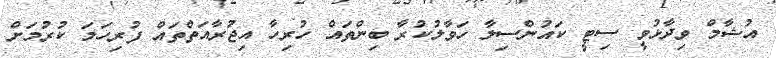
އުޝާމް ވިދާޅުވީ ސިޓީ ކައުންސިލާ ހަވާލުކުރާ ބިންތައް ހުރިހާ އިޖުރާއަތްތައް ފުރިހަމަ ކުރުމަށް